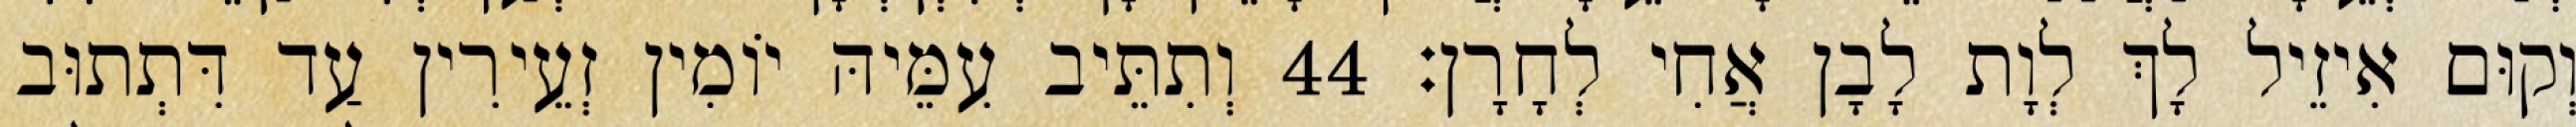
וְקוּם אִיזֵיל לָךְ לְוָת לָבָן אֲחִי לְחָרָן׃ 44 וְתִתֵּיב עִמֵּיהּ יוֹמִין זְעֵירִין עַד דִּתְתוּב